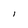
Character: l